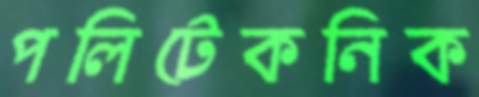
পলিটেকনিক